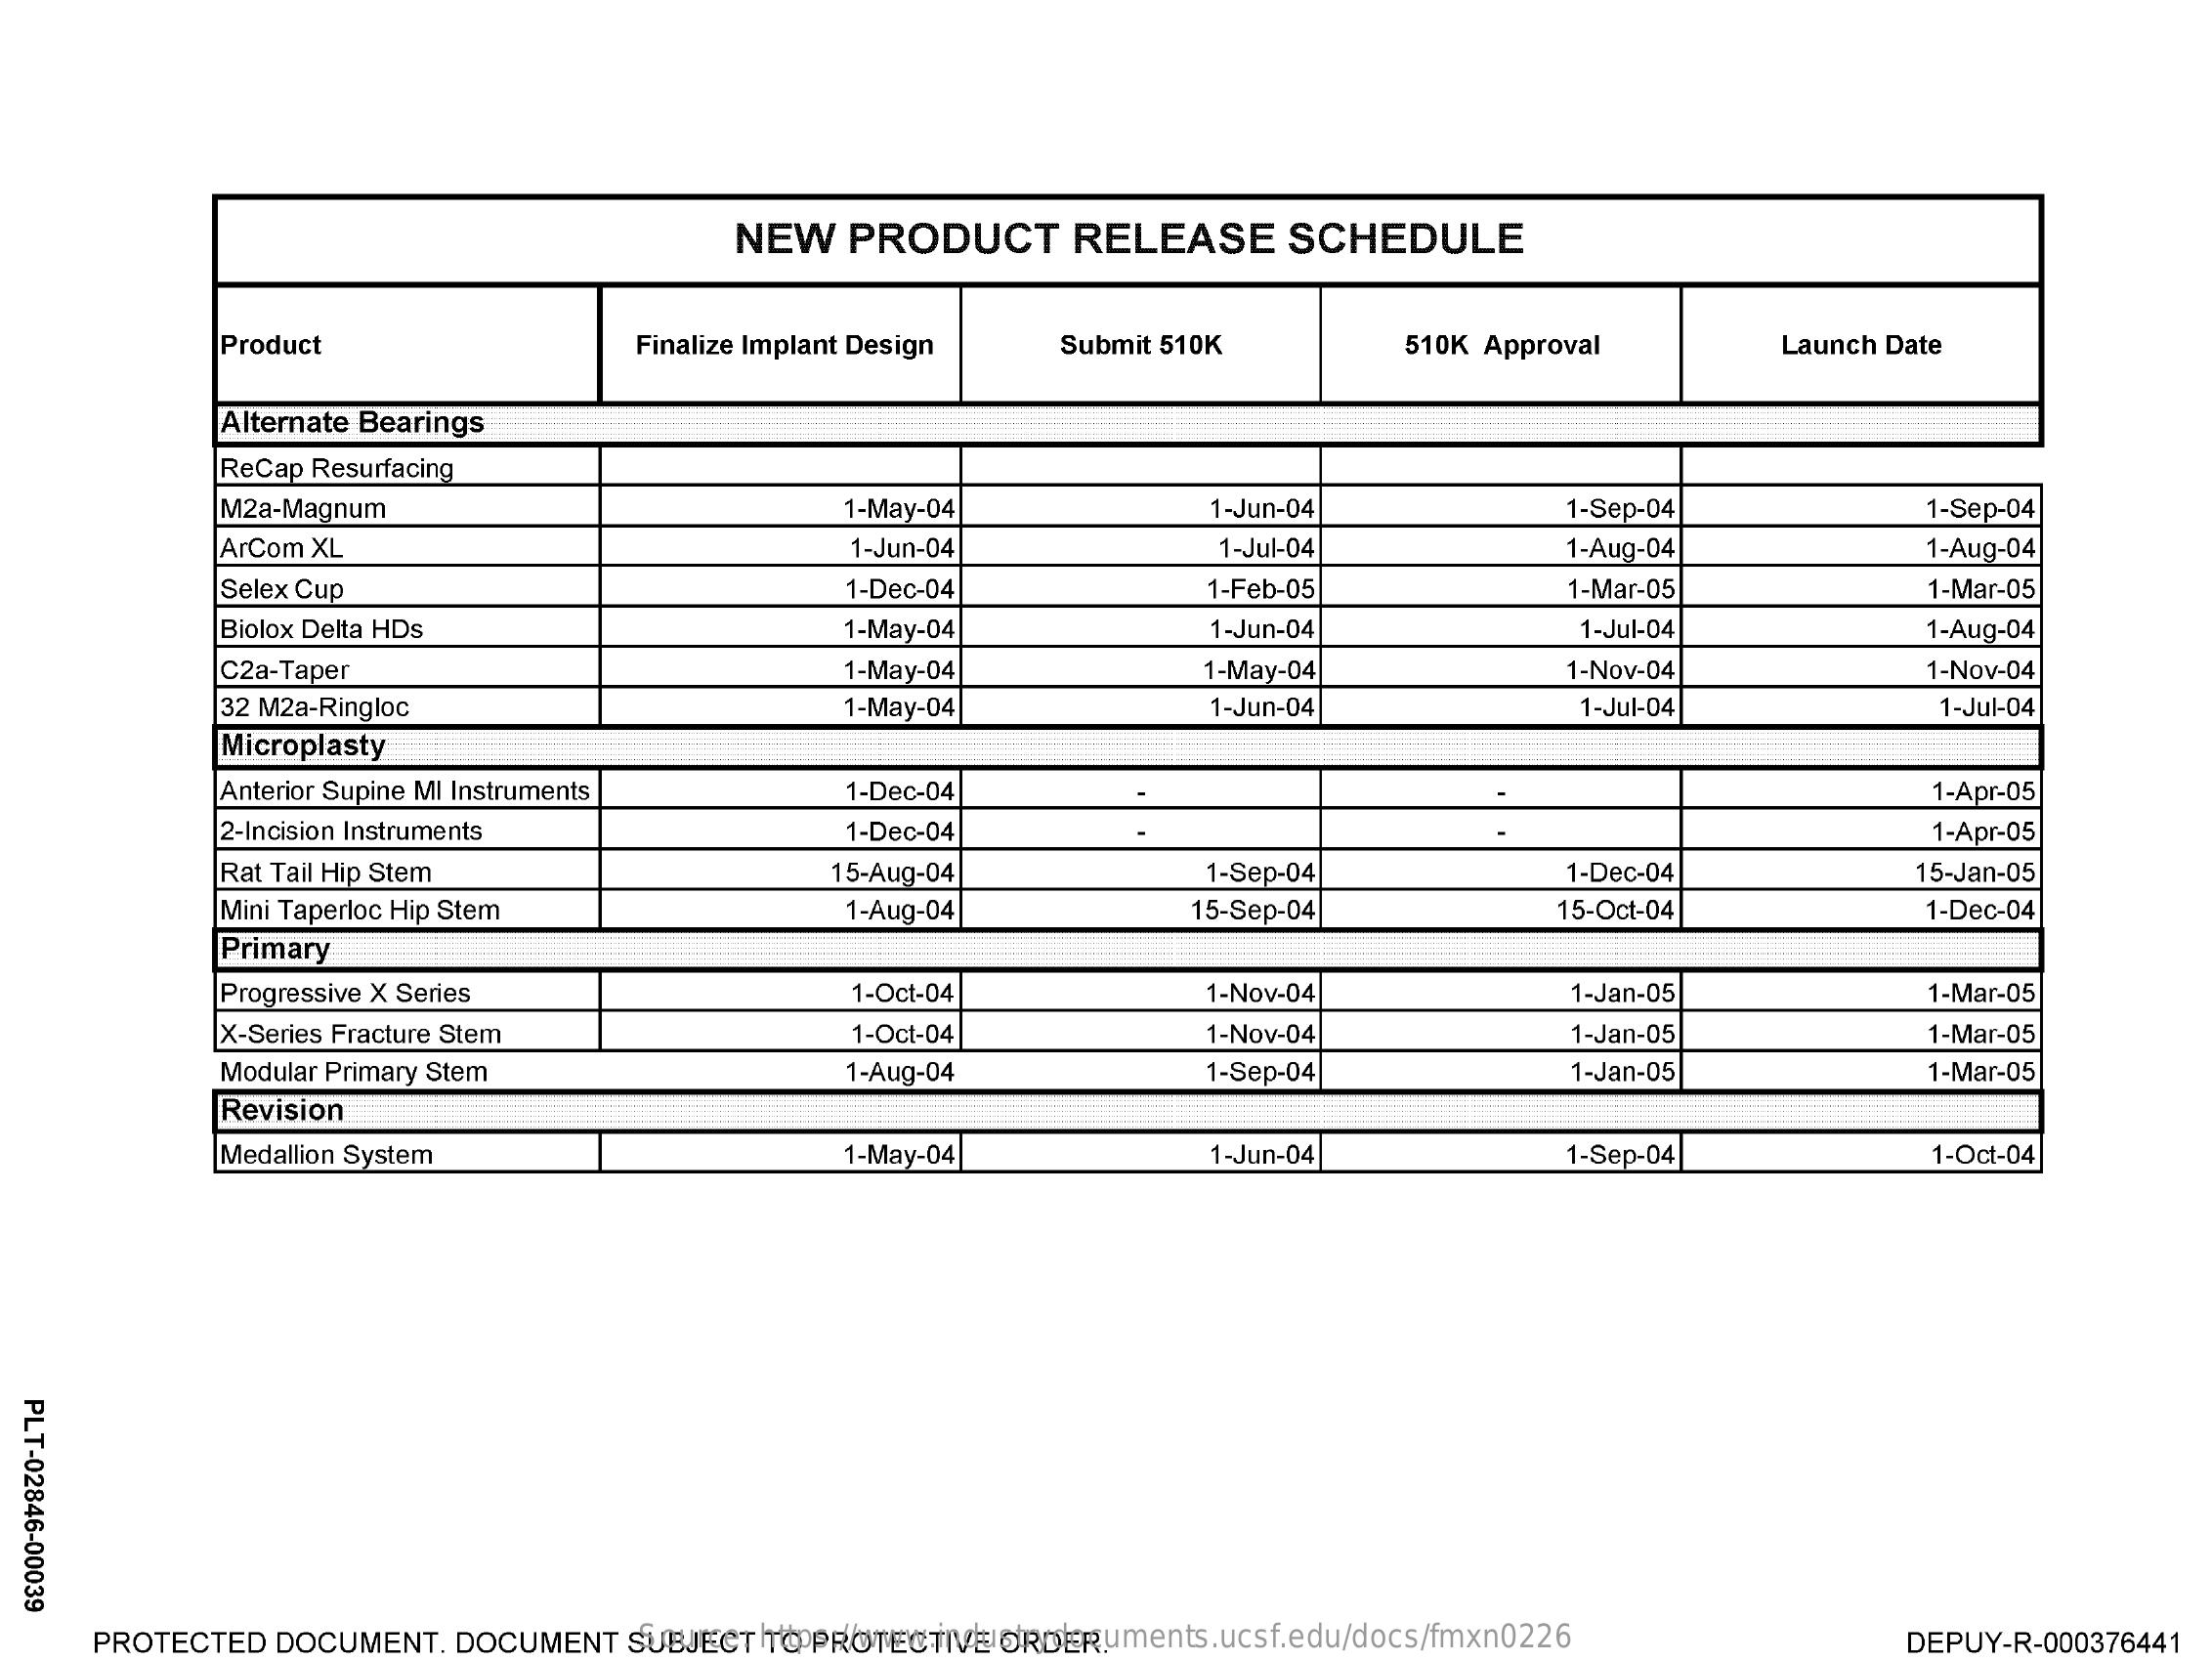
NEW   PRODUCT    RELEASE    SCHEDULE
     Product    Finalize Implant Design   Submit 510K    510K Approval    Launch Date
     Alternate Bearings
     ReCap Resurfacing
     M2a-Magnum    1-May-04    1-Jun-04    1-Sep-04    1-Sep-04
     ArCom XL    1-Jun-04    1-Jul-04    1-Aug-04    1-Aug-04
     Selex Cup    1-Dec-04    1-Feb-05    1-Mar-05    1-Mar-05
     Biolox Delta HDs    1-May-04    1-Jun-04    1-Jul-04    1-Aug-04
     C2a-Taper    1-May-04    1-May-04    1-Nov-04    1-Nov-04
     32 M2a-Ringloc    1-May-04    1-Jun-04    1-Jul-04    1-Jul-04
     Microplasty
     Anterior Supine MI Instruments    1-Dec-04    1-Apr-05
     2-Incision Instruments    1-Dec-04    1-Apr-05
     Rat Tail Hip Stem    15-Aug-04    1-Sep-04    1-Dec-04    15-Jan-05
     Mini Taperloc Hip Stem    1-Aug-04    15-Sep-04    15-Oct-04    1-Dec-04
     Primary
     Progressive X Series    1-Oct-04    1-Nov-04    1-Jan-05    1-Mar-05
     X-Series Fracture Stem    1-Oct-04    1-Nov-04    1-Jan-05    1-Mar-05
     Modular Primary Stem    1-Aug-04    1-Sep-04    1-Jan-05    1-Mar-05
     Revision
     Medallion System    1-May-04    1-Jun-04    1-Sep-04    1-Oct-04
  PLT-02846-00039
     Source: https://www.industrydocuments.ucsf.edu/docs/fmxn0226 PROTECTED DOCUMENT. DOCUMENT SUBJECT TO PROTECTIVE ORDER. DEPUY-R-000376441